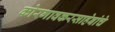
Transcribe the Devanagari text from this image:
कोरगावकरसाहेबांचे